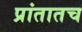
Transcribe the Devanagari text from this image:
प्रांतातच